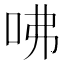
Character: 咈